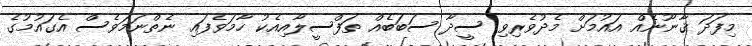
މިފަދަ ޤާނޫނެއް އައުމަށް މެދުވެރިވި ސީދާ ސަބަބެއް ތަފްސީލާއިއެކު ހާމަވެފައި ނެތްނަމަވެސް އެގައުމުގެ